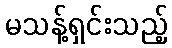
မသန့်ရှင်းသည့်